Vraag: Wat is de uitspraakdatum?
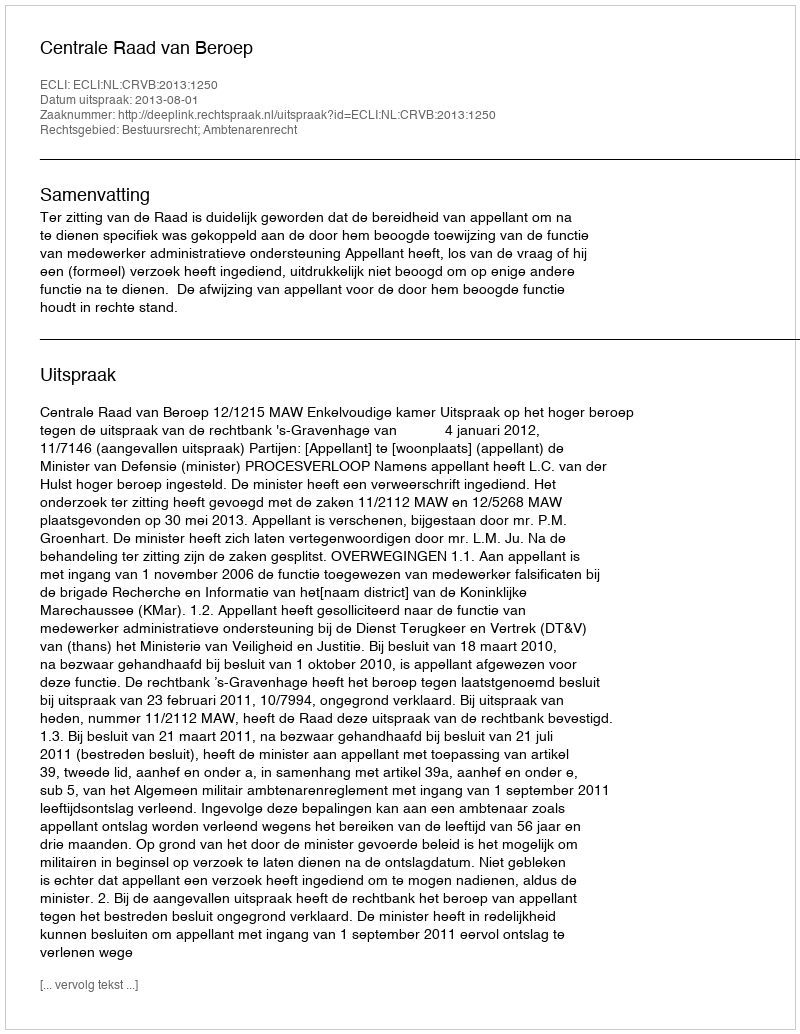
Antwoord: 2013-08-01